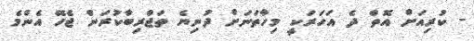
- ކުރިއަށް އޮތް ދެ އަހަރަކީ މިހާތަނަށް ދުނިޔެ ތަޖްރިބާކުރަން ޖެހޭ އެންމެ